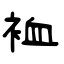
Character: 裇